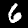
Label: 6